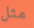
مثل